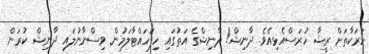
ހަރަކާތަށް ރީޝާ ހުރަސްއެޅިއެވެ. ދާނިޝް! ދާނިޝްގެ އަތުގައި ހިފަހައްޓާލަމުން